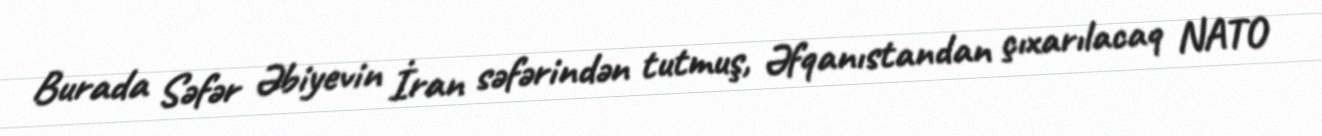
Burada Səfər Əbiyevin İran səfərindən tutmuş, Əfqanıstandan çıxarılacaq NATO